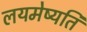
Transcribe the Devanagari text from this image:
लयमेष्यति